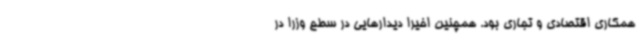
همکاری اقتصادی و تجاری بود. همچنین اخیرا دیدارهایی در سطح وزرا در